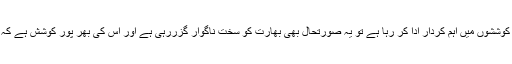
اس وقت جبکہ پاکستان امریکہ اور چین کو اون بورڈ لیکر افغانستان میں قیام امن کی کوششوں میں اہم کردار ادا کر رہا ہے تو یہ صورتحال بھی بھارت کو سخت ناگوار گزررہی ہے اور اس کی بھر پور کوشش ہے کہ افغانستان میں کوئی بھی ایسا نظام نہ آسکے جو پاکستان کے لئے باعث اطمینان ہو ۔